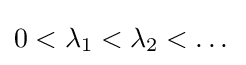
0<\lambda _{1}<\lambda _{2}<\dots